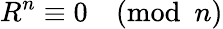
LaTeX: R^{n}\equiv 0{\pmod{n}}